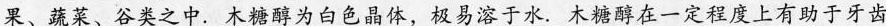
果、蔬菜、谷类之中。木糖醇为白色晶体，极易溶于水。木糖醇在一定程度上有助于牙齿